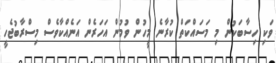
ވަކި ހިސާބަކުން މި މަސައްކަތް ކުރާނެ މީހުން ވުމުން އަހަރެން އަނެއްކާވެސް މިސްރާބުޖެހީ